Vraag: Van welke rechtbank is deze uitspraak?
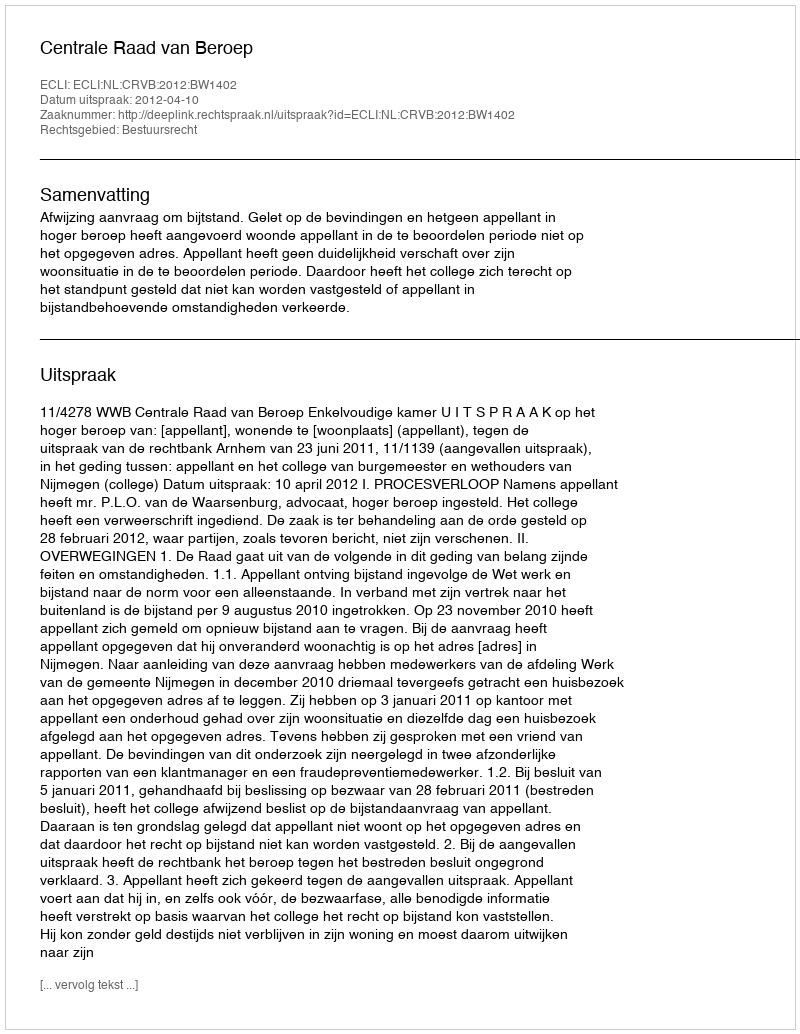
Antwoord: Centrale Raad van Beroep